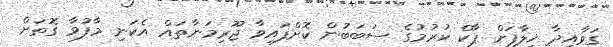
ގަވާއިދާ ޚިލާފަށް ޕާކް ކުރުމުގެ ސަބަބުން ކޮށްފައިވާ ޖޫރިމަނާތައް އެކަނި މާފުވާ ގޮތަށް